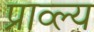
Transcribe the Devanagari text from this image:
प्राव्ल्य